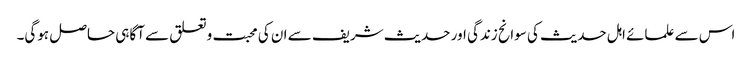
اس سے علمائے اہل حدیث کی سوانح زندگی اور حدیث شریف سے ان کی محبت وتعلق سے آگاہی حاصل ہوگی۔